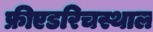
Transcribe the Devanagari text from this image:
फ्रीएडरिचस्थाल